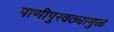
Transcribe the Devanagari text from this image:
पाणीपुरवठ्यामुळे